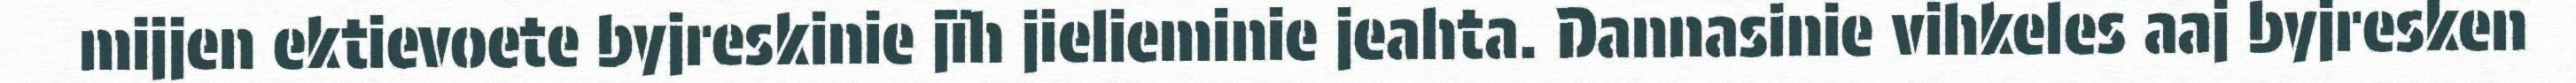
mijjen ektievoete byjreskinie jïh jielieminie jeahta. Dannasinie vihkeles aaj byjresken